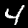
Label: 4